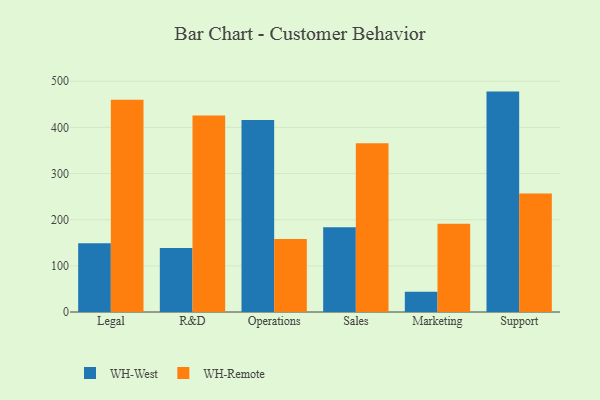
{"axis": {"x": "Department", "y": "Population (Million)"}, "legend": ["WH-Remote", "WH-West"], "data": [{"x": "Legal", "y": 148.9, "type": "WH-West"}, {"x": "Legal", "y": 459.7, "type": "WH-Remote"}, {"x": "R&D", "y": 138.7, "type": "WH-West"}, {"x": "R&D", "y": 426.0, "type": "WH-Remote"}, {"x": "Operations", "y": 415.8, "type": "WH-West"}, {"x": "Operations", "y": 158.2, "type": "WH-Remote"}, {"x": "Sales", "y": 183.8, "type": "WH-West"}, {"x": "Sales", "y": 365.6, "type": "WH-Remote"}, {"x": "Marketing", "y": 43.7, "type": "WH-West"}, {"x": "Marketing", "y": 191.2, "type": "WH-Remote"}, {"x": "Support", "y": 477.6, "type": "WH-West"}, {"x": "Support", "y": 256.6, "type": "WH-Remote"}]}